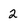
Character: 2